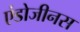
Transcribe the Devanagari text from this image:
एंडोजीनस